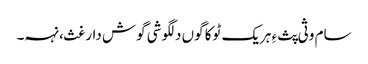
سام وثی پث ءِ ہریک ٹوکا گوں دلگوشی گوش دارغث، نہہ۔